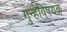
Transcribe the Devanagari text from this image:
गुन्हेविषयक